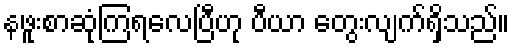
နဖူးစာဆုံကြရလေပြီဟု ပီယာ တွေးလျက်ရှိသည်။